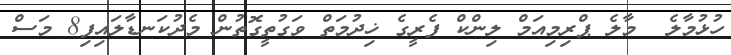
ހުޅުމާލެ  މާލެ ޕްރިމިއަމް ލިންކް ފެރީގެ ޚިދުމަތް ވަގުތީގޮތުން މެދުކަނޑާލައިފި8 މަސް